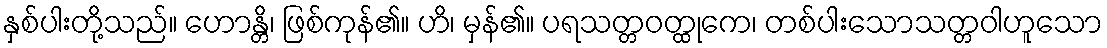
နှစ်ပါးတို့သည်။ ဟောန္တိ၊ ဖြစ်ကုန်၏။ ဟိ၊ မှန်၏။ ပရသတ္တဝတ္ထုကေ၊ တစ်ပါးသောသတ္တဝါဟူသော